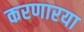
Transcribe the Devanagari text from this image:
करणारया